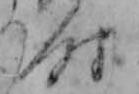
時